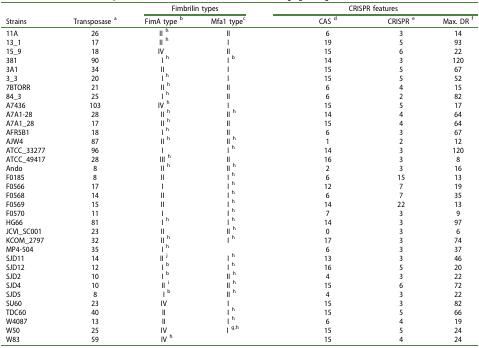
<table><thead><tr><td><b> </b></td><td><b> </b></td><td colspan="2"><b>Fimbrilin types</b></td><td colspan="4"><b>CRISPR features</b></td></tr><tr><td><b>Strains</b></td><td><b>Transposase <sup>a</sup></b></td><td><b>FimA type <sup>b</sup></b></td><td><b>Mfa1 type<sup>c</sup></b></td><td><b>CAS <sup>d</sup></b></td><td colspan="2"><b>CRISPR <sup>e</sup></b></td><td><b>Max. DR <sup>f</sup></b></td></tr></thead><tbody><tr><td>11A</td><td>26</td><td>II <sup>h</sup></td><td>II</td><td colspan="2">6</td><td>3</td><td>14</td></tr><tr><td>13_1</td><td>17</td><td>II <sup>h</sup></td><td>I</td><td colspan="2">19</td><td>5</td><td>93</td></tr><tr><td>15_9</td><td>18</td><td>IV</td><td>II</td><td colspan="2">15</td><td>6</td><td>22</td></tr><tr><td>381</td><td>90</td><td>I <sup>h</sup></td><td>I <sup>b</sup></td><td colspan="2">14</td><td>3</td><td>120</td></tr><tr><td>3A1</td><td>34</td><td>II</td><td>I</td><td colspan="2">15</td><td>5</td><td>67</td></tr><tr><td>3_3</td><td>20</td><td> I <sup>h</sup></td><td>I</td><td colspan="2">15</td><td>5</td><td>52</td></tr><tr><td>7BTORR</td><td>21</td><td>II <sup>h</sup></td><td>II</td><td colspan="2">6</td><td>4</td><td>15</td></tr><tr><td>84_3</td><td>25</td><td>I <sup>h</sup></td><td>II</td><td colspan="2">6</td><td>2</td><td>82</td></tr><tr><td>A7436</td><td>103</td><td>IV <sup>h</sup></td><td>I</td><td colspan="2">15</td><td>5</td><td>17</td></tr><tr><td>A7A1-28</td><td>28</td><td>II <sup>h</sup></td><td>II <sup>h</sup></td><td colspan="2">14</td><td>4</td><td>64</td></tr><tr><td>A7A1_28</td><td>17</td><td>II <sup>h</sup></td><td>II</td><td colspan="2">15</td><td>4</td><td>64</td></tr><tr><td>AFR5B1</td><td>18</td><td>I <sup>h</sup></td><td>II</td><td colspan="2">6</td><td>3</td><td>67</td></tr><tr><td>AJW4</td><td>87</td><td>II <sup>h</sup></td><td>II <sup>h</sup></td><td colspan="2">1</td><td>2</td><td>12</td></tr><tr><td>ATCC_33277</td><td>96</td><td>I</td><td>I <sup>h</sup></td><td colspan="2">14</td><td>3</td><td>120</td></tr><tr><td>ATCC_49417</td><td>28</td><td>III <sup>h</sup></td><td>II</td><td colspan="2">16</td><td>3</td><td>8</td></tr><tr><td>Ando</td><td>8</td><td>II <sup>h</sup></td><td>II <sup>h</sup></td><td colspan="2">2</td><td>3</td><td>16</td></tr><tr><td>F0185</td><td>8</td><td>II</td><td>I <sup>h</sup></td><td colspan="2">6</td><td>15</td><td>13</td></tr><tr><td>F0566</td><td>17</td><td>I</td><td>I <sup>h</sup></td><td colspan="2">12</td><td>7</td><td>19</td></tr><tr><td>F0568</td><td>14</td><td>II</td><td>I <sup>h</sup></td><td colspan="2">6</td><td>7</td><td>35</td></tr><tr><td>F0569</td><td>15</td><td>II</td><td>I <sup>h</sup></td><td colspan="2">14</td><td>22</td><td>13</td></tr><tr><td>F0570</td><td>11</td><td>I</td><td>I <sup>h</sup></td><td colspan="2">7</td><td>3</td><td>9</td></tr><tr><td>HG66</td><td>81</td><td>I <sup>h</sup></td><td>I <sup>h</sup></td><td colspan="2">14</td><td>3</td><td>97</td></tr><tr><td>JCVI_SC001</td><td>23</td><td>II</td><td>II <sup>h</sup></td><td colspan="2">0</td><td>3</td><td>6</td></tr><tr><td>KCOM_2797</td><td>32</td><td>II <sup>h</sup></td><td>I <sup>h</sup></td><td colspan="2">17</td><td>3</td><td>74</td></tr><tr><td>MP4-504</td><td>35</td><td>I <sup>h</sup></td><td> </td><td colspan="2">6</td><td>3</td><td>37</td></tr><tr><td>SJD11</td><td>14</td><td>II <sup>j</sup></td><td>I <sup>h</sup></td><td colspan="2">13</td><td>3</td><td>46</td></tr><tr><td>SJD12</td><td>12</td><td>I <sup>b</sup></td><td>I <sup>h</sup></td><td colspan="2">16</td><td>5</td><td>20</td></tr><tr><td>SJD2</td><td>10</td><td>I <sup>b</sup></td><td>II <sup>h</sup></td><td colspan="2">4</td><td>3</td><td>22</td></tr><tr><td>SJD4</td><td>10</td><td>II <sup>i</sup></td><td>II <sup>h</sup></td><td colspan="2">15</td><td>6</td><td>72</td></tr><tr><td>SJD5</td><td>8</td><td>I <sup>b</sup></td><td>II <sup>h</sup></td><td colspan="2">4</td><td>3</td><td>22</td></tr><tr><td>SU60</td><td>23</td><td>IV</td><td>I</td><td colspan="2">15</td><td>3</td><td>82</td></tr><tr><td>TDC60</td><td>40</td><td>II</td><td>I <sup>h</sup></td><td colspan="2">15</td><td>5</td><td>66</td></tr><tr><td>W4087</td><td>13</td><td>II</td><td>I <sup>h</sup></td><td colspan="2">6</td><td>4</td><td>19</td></tr><tr><td>W50</td><td>25</td><td>IV</td><td>I <sup>g,h</sup></td><td colspan="2">15</td><td>5</td><td>24</td></tr><tr><td>W83</td><td>59</td><td>IV <sup>h</sup></td><td> </td><td colspan="2">15</td><td>4</td><td>24</td></tr></tbody></table>